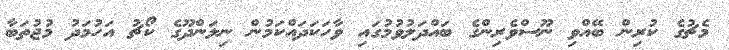
މެޗުގެ ކުރިން ބޭއްވި ނޫސްވެރިންގެ ބައްދަލުވުމުގައި ވާހަކަދައްކަމުން ނިލަންދޫގެ ކޯޗު އަހުމަދު މުޖުތަބާ